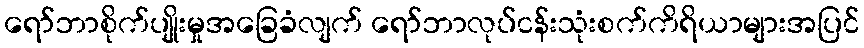
ရော်ဘာစိုက်ပျိုးမှုအခြေခံလျက် ရော်ဘာလုပ်ငန်းသုံးစက်ကိရိယာများအပြင်